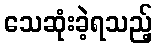
သေဆုံးခဲ့ရသည့်